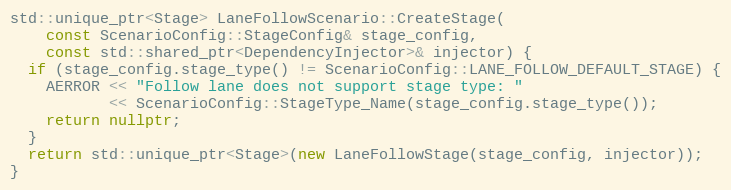
Language: C++
std::unique_ptr<Stage> LaneFollowScenario::CreateStage(
    const ScenarioConfig::StageConfig& stage_config,
    const std::shared_ptr<DependencyInjector>& injector) {
  if (stage_config.stage_type() != ScenarioConfig::LANE_FOLLOW_DEFAULT_STAGE) {
    AERROR << "Follow lane does not support stage type: "
           << ScenarioConfig::StageType_Name(stage_config.stage_type());
    return nullptr;
  }
  return std::unique_ptr<Stage>(new LaneFollowStage(stage_config, injector));
}